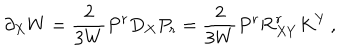
\partial _ { X } W = \frac { 2 } { 3 W } P ^ { r } D _ { X } P _ { r } = \frac { 2 } { 3 W } P ^ { r } { \cal R } _ { X Y } ^ { r } K ^ { Y } \, ,